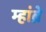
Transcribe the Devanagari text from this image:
म्हांब्रे